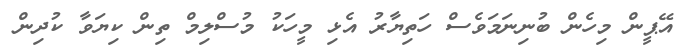
އޭޕީން މިހެން ބުނިނަމަވެސް ހަތިޔާރު އެޅި މީހަކު މުސްލިމް ތިން ކިޔަވާ ކުދިން